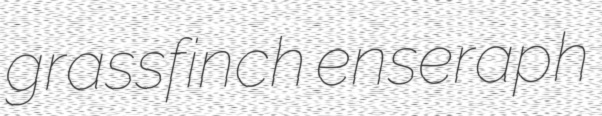
grassfinch enseraph